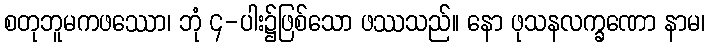
စတုဘူမကဖဿော၊ ဘုံ ၄-ပါး၌ဖြစ်သော ဖဿသည်။ နော ဖုသနလက္ခဏော နာမ၊